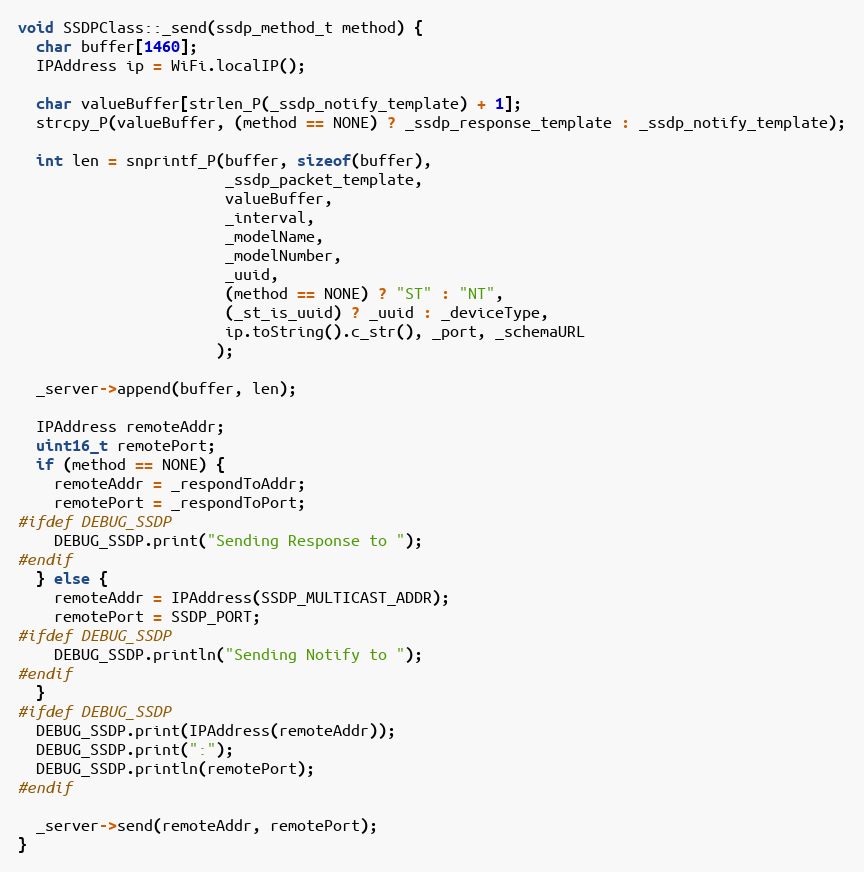
Language: C++
void SSDPClass::_send(ssdp_method_t method) {
  char buffer[1460];
  IPAddress ip = WiFi.localIP();

  char valueBuffer[strlen_P(_ssdp_notify_template) + 1];
  strcpy_P(valueBuffer, (method == NONE) ? _ssdp_response_template : _ssdp_notify_template);

  int len = snprintf_P(buffer, sizeof(buffer),
                       _ssdp_packet_template,
                       valueBuffer,
                       _interval,
                       _modelName,
                       _modelNumber,
                       _uuid,
                       (method == NONE) ? "ST" : "NT",
                       (_st_is_uuid) ? _uuid : _deviceType,
                       ip.toString().c_str(), _port, _schemaURL
                      );

  _server->append(buffer, len);

  IPAddress remoteAddr;
  uint16_t remotePort;
  if (method == NONE) {
    remoteAddr = _respondToAddr;
    remotePort = _respondToPort;
#ifdef DEBUG_SSDP
    DEBUG_SSDP.print("Sending Response to ");
#endif
  } else {
    remoteAddr = IPAddress(SSDP_MULTICAST_ADDR);
    remotePort = SSDP_PORT;
#ifdef DEBUG_SSDP
    DEBUG_SSDP.println("Sending Notify to ");
#endif
  }
#ifdef DEBUG_SSDP
  DEBUG_SSDP.print(IPAddress(remoteAddr));
  DEBUG_SSDP.print(":");
  DEBUG_SSDP.println(remotePort);
#endif

  _server->send(remoteAddr, remotePort);
}